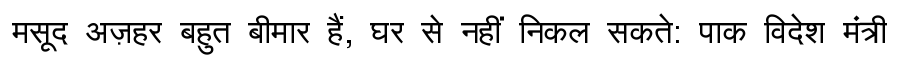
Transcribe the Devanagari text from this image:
मसूद अज़हर बहुत बीमार हैं, घर से नहीं निकल सकते: पाक विदेश मंत्री